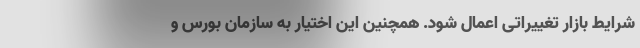
شرایط بازار تغییراتی اعمال شود. همچنین این اختیار به سازمان بورس و